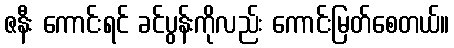
ဇနီး ကောင်းရင် ခင်ပွန်းကိုလည်း ကောင်းမြတ်စေတယ်။